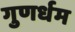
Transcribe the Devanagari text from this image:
गुणर्धम